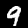
Label: 9